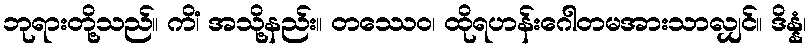
ဘုရားတို့သည်။ ကိံ၊ အသို့နည်း။ တဿေဝ၊ ထိုရဟန်းဂေါတမအားသာလျှင်။ ဒိန္နံ၊